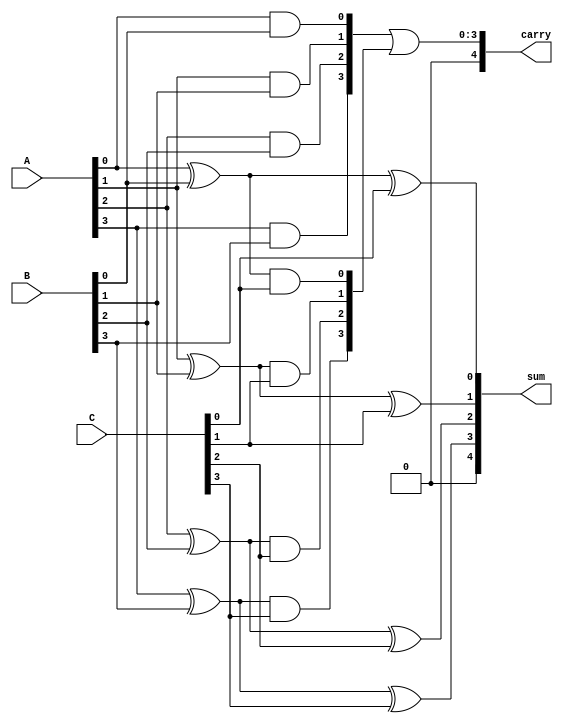
module CarrySaveAdder #(parameter N = 4) (
    input [N-1:0] A,
    input [N-1:0] B,
    input [N-1:0] C,
    output [N:0] sum,  // N bits for sum and 1 bit for carry
    output [N:0] carry  // N bits for carry
);

    wire [N-1:0] S1, S2; // Intermediate sums
    wire [N-1:0] C1, C2; // Intermediate carries

    // Full Adder for A and B
    genvar i;
    generate
        for (i = 0; i < N; i = i + 1) begin : full_adder_ab
            assign S1[i] = A[i] ^ B[i]; // Sum of A and B
            assign C1[i] = A[i] & B[i]; // Carry from A and B
        end
    endgenerate

    // Full Adder for S1 and C
    generate
        for (i = 0; i < N; i = i + 1) begin : full_adder_s1c
            assign S2[i] = S1[i] ^ C[i]; // Sum of intermediate sum and C
            assign C2[i] = S1[i] & C[i]; // Carry from intermediate sum and C
        end
    endgenerate

    // Final Carry Save Addition
    assign sum = S2; // Final sum is the last intermediate sum
    assign carry = C1 | C2; // Final carry is the OR of carries from A+B and S1+C

endmodule